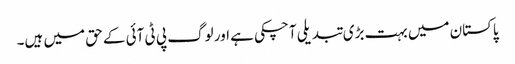
پاکستان میں بہت بڑی تبدیلی آچکی ہے اور لوگ پی ٹی آئی کے حق میں ہیں۔